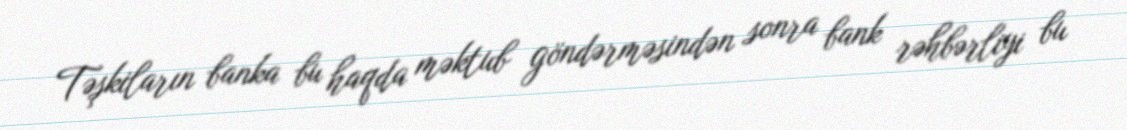
Təşkiların banka bu haqda məktub göndərməsindən sonra bank rəhbərliyi bu